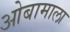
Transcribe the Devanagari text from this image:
ओबामाला